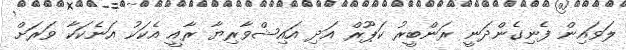
ލަވައިން ފެނިގެންދަނީ ރަންބީރު ކަޕޫރް އަދި އައިޝްވާރިޔާ ރާއީ އެކަަކު އަނެކަކާ ވަަރަށް